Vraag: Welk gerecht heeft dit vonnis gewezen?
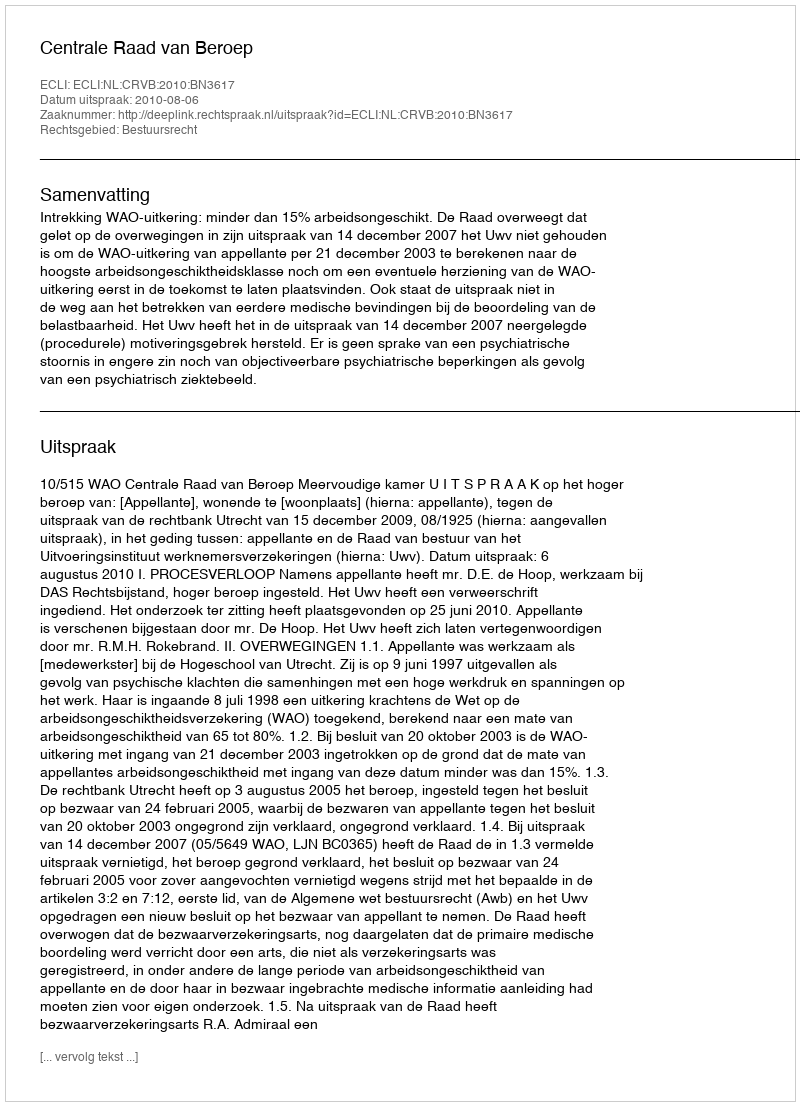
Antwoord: Centrale Raad van Beroep